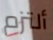
ألتزم